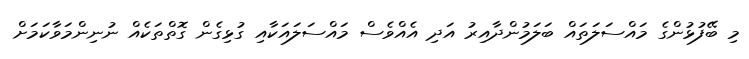
މި ބޭފުޅުންގެ މައްސަލަތައް ބަލަމުންދާއިރު އަދި އެއްވެސް މައްސަލައަކާއި ގުޅިގެން ގޮތްތަކެއް ނުނިންމަވާކަމަށް